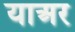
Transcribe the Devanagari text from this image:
याअर